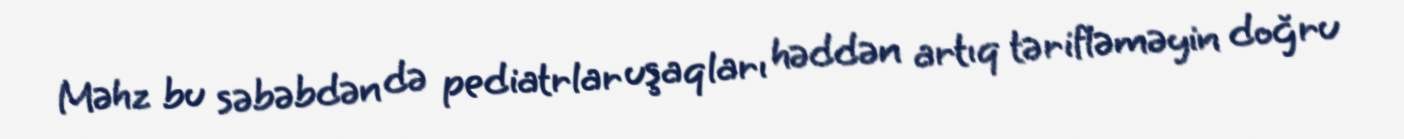
Məhz bu səbəbdən də pediatrlar uşaqları həddən artıq tərifləməyin doğru